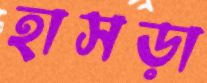
হাসড়া